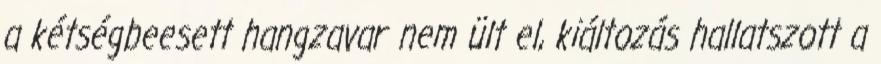
a kétségbeesett hangzavar nem ült el, kiáltozás hallatszott a